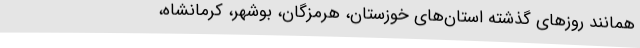
همانند روزهای گذشته استان‌های خوزستان، هرمزگان، بوشهر، کرمانشاه،